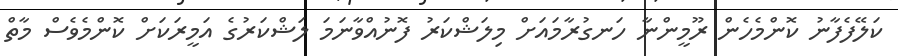
ކަލޭފެފާނު ކޮންމެހެން ރޫމީންނާ ހަނގުރާމައަށް މިލަޝްކަރު ފޮނުއްވާނަމަ ލަޝްކަރުގެ އަމީރަކަށް ކޮންމެވެސް މާތް